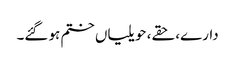
دارے، حقے، حویلیاں ختم ہو گئے۔